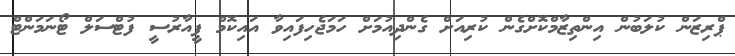
ޕްރިޒަން ކުލަބުން އިންތިޒާމްކޮށްގެން ކުރިއަށް ގެންދިއުމަށް ހަމަޖެހިފައިވާ އައިކޮމް ޕީއާރުސީ ފުޓްސަލް ޓޯނަމަންޓް